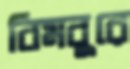
বিমবুরে